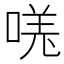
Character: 𫪾